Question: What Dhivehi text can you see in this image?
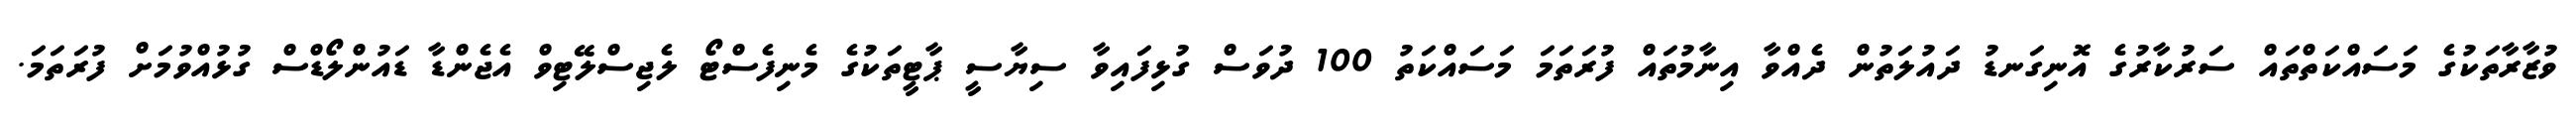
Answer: ވުޒާރާތަކުގެ މަސައްކަތްތައް ސަރުކާރުގެ އޮނިގަނޑު ދައުލަތުން ދެއްވާ އިނާމުތައް ފުރަތަމަ މަސައްކަތު 100 ދުވަސް ގުޅިފައިވާ ސިޔާސީ ޕާޓީތަކުގެ މެނިފެސްޓޯ ލެޖިސްލޭޓިވް އެޖެންޑާ ޑައުންލޯޑްސް ގުޅުއްވުމަށް ފުރަތަމަ.